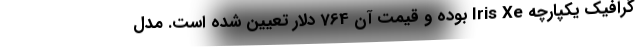
گرافیک یکپارچه Iris Xe بوده و قیمت آن 764 دلار تعیین شده است. مدل